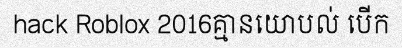
hack Roblox 2016គ្មានយោបល់ បើក